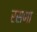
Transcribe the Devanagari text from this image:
रसणा